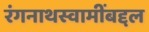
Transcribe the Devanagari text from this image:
रंगनाथस्वामींबद्दल